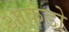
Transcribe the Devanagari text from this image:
आकंडो